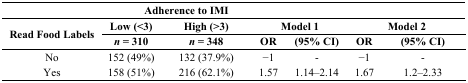
|  | <COLSPAN=2> Adherence to IMI | <COLSPAN=2>  | <COLSPAN=2>  |
 | <ROWSPAN=2> Read Food Labels | Low (<3) | High (>3) | <COLSPAN=2> Model 1 | <COLSPAN=2> Model 2 |
 | n = 310 | n = 348 | OR | (95% CI) | OR | (95% CI) |
 | --- | --- | --- | --- | --- | --- | --- |
 | No | 152 (49%) | 132 (37.9%) | −1 | - | −1 | - |
 | Yes | 158 (51%) | 216 (62.1%) | 1.57 | 1.14–2.14 | 1.67 | 1.2–2.33 |